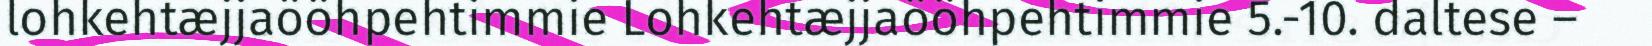
lohkehtæjjaööhpehtimmie Lohkehtæjjaööhpehtimmie 5.-10. daltese –